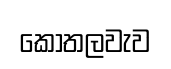
කොතලවැව